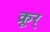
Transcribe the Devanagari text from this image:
क्रूर्